Annual administration report of the Bombay Presidency - 1887-1892
Year: 1887
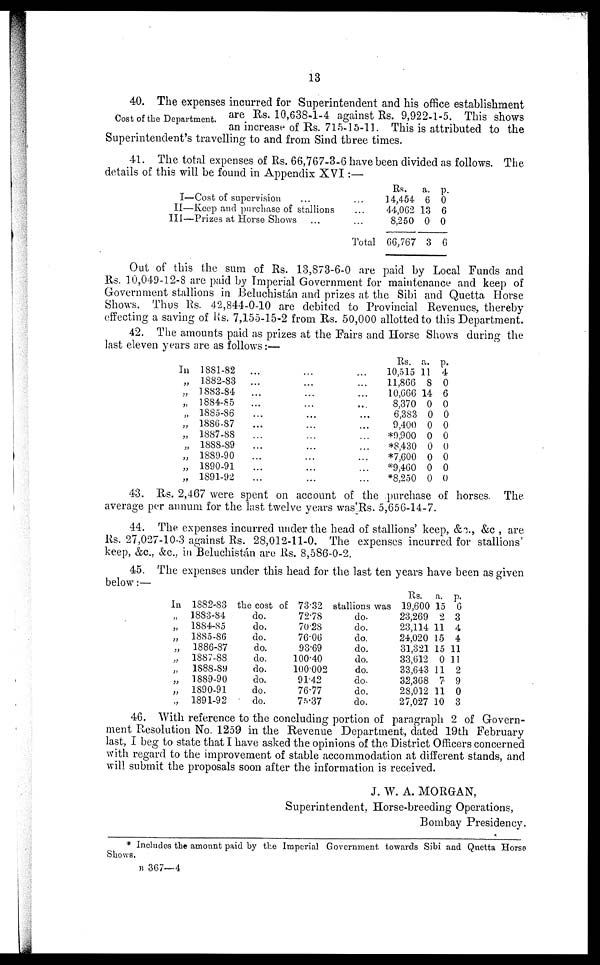
13
Cost of the Department.
40. The expenses incurred for Superintendent and his office establishment
are Rs. 10,638-1-4 against Rs. 9,922-1-5. This shows
an increase of Rs. 715-15-11. This is attributed to the
Superintendent's travelling to and from Sind three times.
41. The total expenses of Rs. 66,767-3-6 have been divided as follows. The
details of this will be found in Appendix XVI:—
I—Cost of supervision ... ...
II—Keep and purchase of stallions ...
III—Prizes at Horse Shows ... ...
Total
Rs.
14,454
44,062
8,250
66,767
a.
6
13
0
3
p.
0
6
0
6
Out of this the sum of Rs. 13,873-6-0 are paid by Local Funds and
Rs. 10,049-12-8 are paid by Imperial Government for maintenance and keep of
Government stallions in Beluchistán and prizes at the Sibi and Quetta Horse
Shows. Thus Rs. 42,844-0-10 are debited to Provincial Revenues, thereby
effecting a saving of Rs. 7,155-15-2 from Rs. 50,000 allotted to this Department.
42. The amounts paid as prizes at the Fairs and Horse Shows during the
last eleven years are as follows:—
In 1881-82 ... ... ...
„ 1882-83 ... ... ...
„ 1883-84 ... ... ...
„ 1884-85 ... ... ...
„ 1885-86 ... ... ...
„ 1886-87 ... ... ...
„ 1887-88 ... ... ...
„ 1888-89 ... ... ...
„ 1889-90 ... ... ...
„ 1890-91 ... ... ...
„ 1891-92 ... ... ...
Rs. a. p.
10,515 11 4
11,866 8 0
10,666 14 6
8,370 0 0
6,383 0 0
9,400 0 0
*9,900 0 0
*8,430 0 0
*7,600 0 0
*9,460 0 0
*8,250 0 0
43. Rs. 2,467 were spent on account of the purchase of horses. The
average per annum for the last twelve years was 'Rs. 5,656-14-7.
44. The expenses incurred under the head of stallions' keep, &c., &c., are
Rs. 27,027-10-3 against Rs. 28,012-11-0. The expenses incurred for stallions'
keep, &c., &c., in Beluchistán are Rs. 8,586-0-2.
45. The expenses under this head for the last ten years have been as given
below:—
In 1882-83 the cost of 73.32 stallions was
„
„
„
„
„
„
„
„
„
1883-84
1884-85
1885-86
1886-87
1887-88
1888-89
1889-90
1890-91
1891-92
do.
do.
do.
do.
do.
do.
do.
do.
do.
72.78
70.28
7606
93.69
100.40
100002
91.42
76.77
75.37
do.
do.
do.
do.
do.
do.
do.
do.
do.
Rs.
19,600
23,269
23,114
24,020
31,321
33,612
33,643
32,368
28,012
27,027
a.
15
2
11
15
15
0
11
7
11
10
p.
6
3
4
4
11
11
2
9
0
3
46. With reference to the concluding portion of paragraph 2 of Govern-
ment Resolution No. 1259 in the Revenue Department, dated 19th February
last, I beg to state that I have asked the opinions of the District Officers concerned
with regard to the improvement of stable accommodation at different stands, and
will submit the proposals soon after the information is received.
J. W. A. MORGAN,
Superintendent, Horse-breeding Operations,
Bombay Presidency.
* Includes the amount paid by the Imperial Government towards Sibi and Qnetta Horse
Shows.
B 367—4